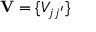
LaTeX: \mathbf { V } = \{ V _ { j j ^ { \prime } } \}